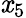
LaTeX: \mathit{x}_{5}